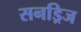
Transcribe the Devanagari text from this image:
सनड्रिज